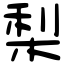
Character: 梨